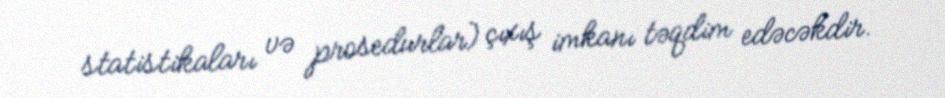
statistikaları və prosedurlar) çıxış imkanı təqdim edəcəkdir.